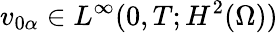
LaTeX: v_{0\alpha}\in L^{\infty}(0,T;H^{2}(\Omega))